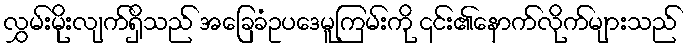
လွှမ်းမိုးလျက်ရှိသည် အခြေခံဥပဒေမူကြမ်းကို ၎င်း၏နောက်လိုက်များသည်